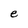
Character: e